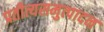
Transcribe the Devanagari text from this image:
प्रतीत्यसमुत्पादन